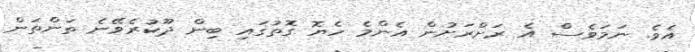
އެވެ. ނަމަވެސް އެ ރަށްރަށުން އެންމެ ހެޔޮ ގޮތުގައި ބިން ދޫކުރެވޭނެ ތަންތަން